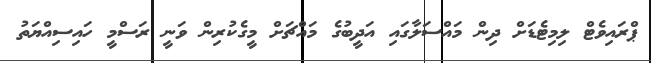
ޕްރައިވެޓް ލިމިޓެޑަށް ދިން މައްސަލާގައި އަދީބުގެ މައްޗަށް މީގެކުރިން ވަނީ ރަސްމީ ހައިސިއްޔަތު